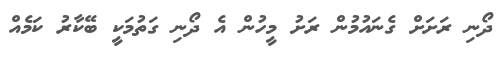
ދޯނި ރަށަށް ގެނައުމުން ރަށު މީހުން އެ ދޯނި ގަތުމަކީ ބޭކާރު ކަމެއް